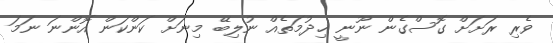
ވެރި ރަށަށް ގޮސްގެން ނޫނީ ޚިދުމަތެއް ނުލިބޭ މިނަށް ކަންކަން އޮންނަ ނަމަ